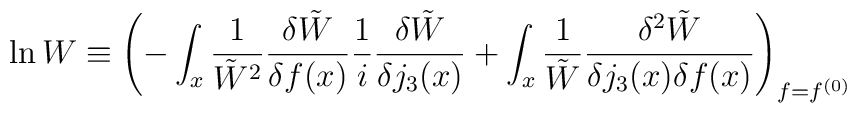
\ln W \equiv \left(-\int_x \frac{1}{\tilde W^2}\frac{\delta \tilde W}{\delta f(x)}\frac1i \frac{\delta \tilde W}{\delta j_3(x)}+\int_x\frac{1}{\tilde W}\frac{\delta^2 \tilde W}{\delta j_3(x)\delta f(x)}\right)_{f=f^{(0)}}